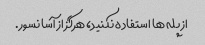
از پله ها استفاده نکنید، هرگز از آسانسور.